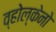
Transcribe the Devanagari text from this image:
व्होल्केनो